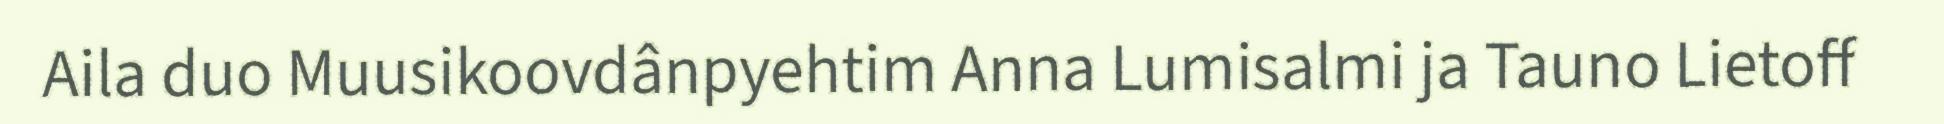
Aila duo Muusikoovdânpyehtim Anna Lumisalmi ja Tauno Lietoff